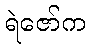
ရဲဇော်က